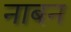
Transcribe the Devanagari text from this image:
नाबन